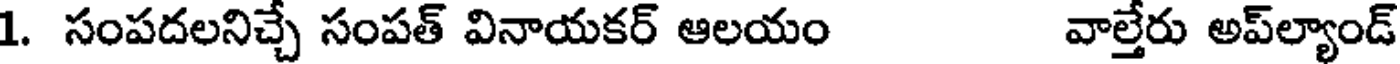
1. సంపదలనిచ్చే సంపత్ వినాయకర్ ఆలయం వాల్తేరు అప్ల్యాండ్